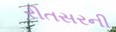
રીતસરની